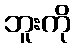
ဘူးကို